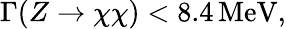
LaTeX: \Gamma(Z\rightarrow\chi\chi)<8.4\, \mathrm{MeV},